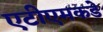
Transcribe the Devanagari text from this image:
एटीएमकडे